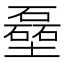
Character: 𪤬